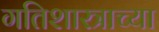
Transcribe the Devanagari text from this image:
गतिशास्त्राच्या